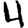
Digit: 4